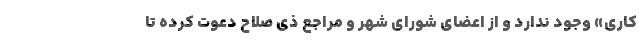
‌كاري» وجود ندارد و از اعضای شورای شهر و مراجع ذی صلاح دعوت کرده تا